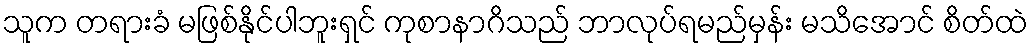
သူက တရားခံ မဖြစ်နိုင်ပါဘူးရှင် ကုစာနာဂိသည် ဘာလုပ်ရမည်မှန်း မသိအောင် စိတ်ထဲ